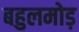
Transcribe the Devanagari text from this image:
बहुलमोड़